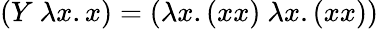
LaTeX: (Y\ \lambda x.x)=(\lambda x.(xx)\ \lambda x.(xx))